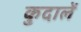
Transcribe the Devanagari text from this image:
कुदालें